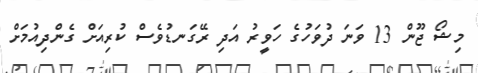
މިޝޯ ޖޫން 13 ވަނަ ދުވަހުގެ ހަވީރު އަދި ރޭގަނޑުވެސް ކުރިއަށް ގެންދިއުމަށް